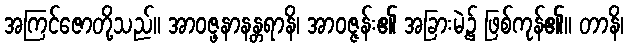
အကြင်ဇောတို့သည်။ အာဝဇ္ဖနာနန္တရာနိ၊ အာဝဇ္ဇန်း၏ အခြားမဲ့၌ ဖြစ်ကုန်၏။ တာနိ၊